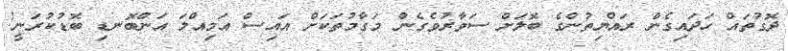
ދޮގުތައް ހަދައިގެން ރައްޔިތުންގެ ބޮލަށް ސަވާރުވެގެން މަގާމުތަކަށް އައިސް އަމިއްލަ އަންބޮނޑި ބޮޑުކުރަނީ!